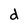
Character: d